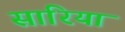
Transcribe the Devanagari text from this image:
सारिया